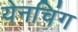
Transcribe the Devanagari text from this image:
येनचिंग